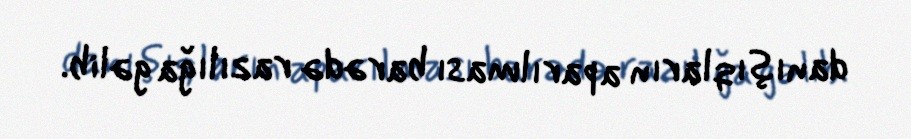
danışıqların aparılması barədə razılığa gəlib.